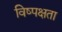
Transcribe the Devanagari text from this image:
विष्पक्षता